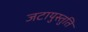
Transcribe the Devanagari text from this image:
जटायुस्तुति